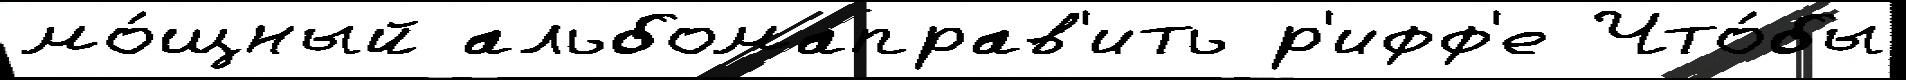
мо́щный альбомаправ'ить р'ифф'е Что́бы